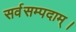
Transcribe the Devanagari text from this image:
सर्वसम्पदाम्‌।